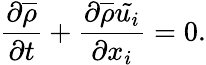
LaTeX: {\frac{\partial{\overline{{\rho}}}}{\partial t}}+{\frac{\partial{\overline{{\rho}}}{\tilde{u_{i}}}}{\partial x_{i}}}=0.